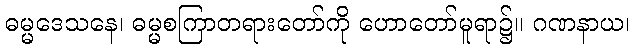
ဓမ္မဒေသနေ၊ ဓမ္မစကြာတရားတော်ကို ဟောတော်မူရာ၌။ ဂဏနာယ၊